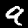
Digit: 9